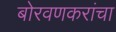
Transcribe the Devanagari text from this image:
बोरवणकरांचा